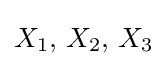
X_{1},\,X_{2},\,X_{3}